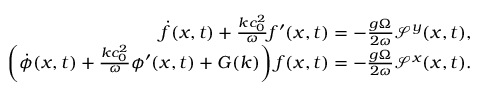
\begin{array} { r l r } & { } & { \dot { f } ( x , t ) + \frac { k c _ { 0 } ^ { 2 } } { \omega } f ^ { \prime } ( x , t ) = - \frac { g \Omega } { 2 \omega } \mathcal { S } ^ { y } ( x , t ) , } \\ & { } & { \left( \dot { \phi } ( x , t ) + \frac { k c _ { 0 } ^ { 2 } } { \omega } \phi ^ { \prime } ( x , t ) + G ( k ) \right) f ( x , t ) = - \frac { g \Omega } { 2 \omega } \mathcal { S } ^ { x } ( x , t ) . } \end{array}